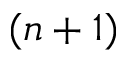
( n + 1 )